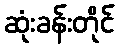
ဆုံးခန်းတိုင်